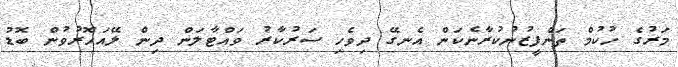
މަރުގެ ހުކުމް ތަންފީޒުނުކުރާނެކަން އެނގޭ ދިވެހި ސަރުކާރު ވައްޓާލަން ދިން ލޭއަހޮރުވުން ބޮޑު